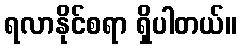
ရလာနိုင်စရာ ရှိပါတယ်။